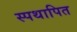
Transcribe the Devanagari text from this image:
स्पथापित